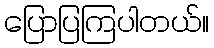
ပြောပြကြပါတယ်။